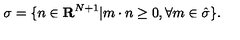
\sigma = \{ n \in { \bf R } ^ { N + 1 } | m \cdot n \geq 0 , \forall m \in \hat { \sigma } \} .